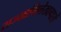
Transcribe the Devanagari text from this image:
राज्याभिलेखागारों